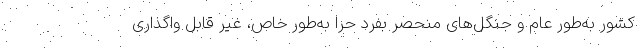
کشور به‌طور عام و جنگل‌های منحصر بفرد حرا به‌طور خاص، غیر قابل واگذاری